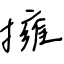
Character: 擁